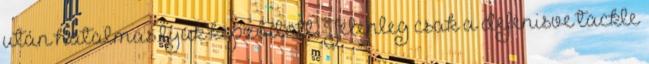
után hatalmas lyuk képződött. Jelenleg csak a defenisve tackle